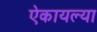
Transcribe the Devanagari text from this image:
ऐकायल्या